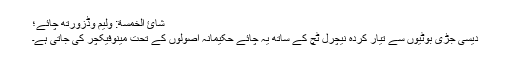
شائ الخمسة: ولیم وڈزورتھ چائے؛
دیسی جڑی بوُٹیوں سے تیار کردہ نیچرل ٹچ کے ساتھ یہ چائے حکیمانہ اصُولوں کے تحت مینوفیکچر کی جاتی ہے۔